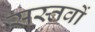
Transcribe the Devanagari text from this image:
सस्तवों